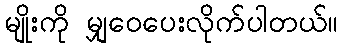
မျိုးကို မျှဝေပေးလိုက်ပါတယ်။